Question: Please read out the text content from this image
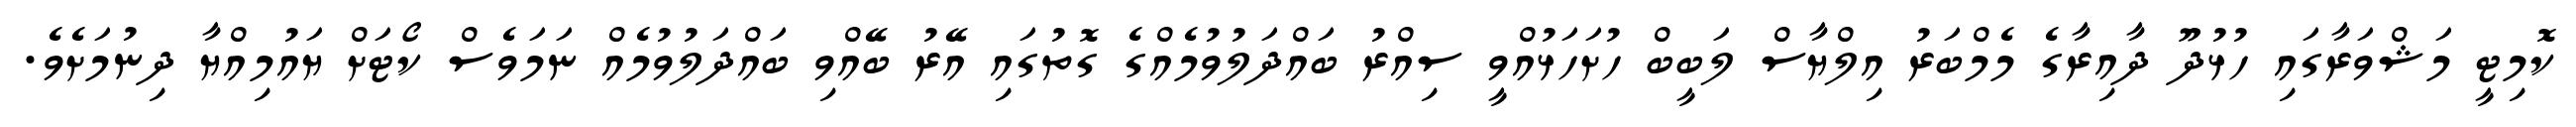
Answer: ކޮމިޓީ މަޝްވަރާގައި ހުޅުދޫ ދާއިރާގެ މެމްބަރު އިލްޔާސް ލަބީބް ހުށަހަޅުއްވީ ސިއްރު ބައްދަލުވުމެއްގެ ގޮތުގައި އޭރު ބޭއްވި ބައްދަލުވުމެއް ނަމަވެސް ކޯޓަށް ޔައުމިއްޔާ ދިނުމަށެވެ.